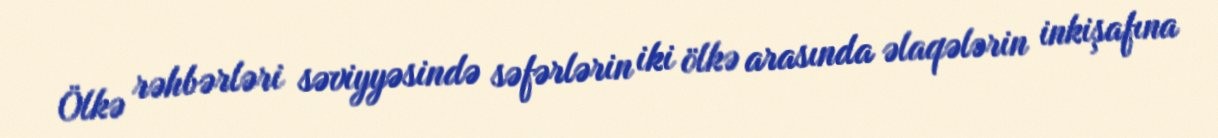
Ölkə rəhbərləri səviyyəsində səfərlərin iki ölkə arasında əlaqələrin inkişafına